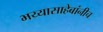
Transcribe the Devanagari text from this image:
भय्यासाहेबांनीच